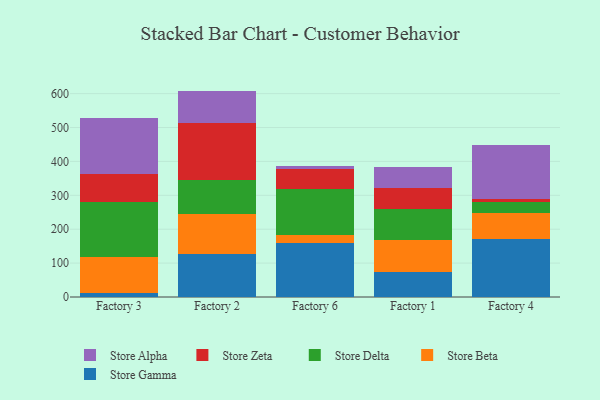
{"axis": {"x": "Factory", "y": "Churn Rate (%)"}, "legend": ["Store Alpha", "Store Beta", "Store Delta", "Store Gamma", "Store Zeta"], "data": [{"x": "Factory 3", "y": 12.8, "type": "Store Gamma"}, {"x": "Factory 3", "y": 105.6, "type": "Store Beta"}, {"x": "Factory 3", "y": 161.8, "type": "Store Delta"}, {"x": "Factory 3", "y": 82.7, "type": "Store Zeta"}, {"x": "Factory 3", "y": 165.2, "type": "Store Alpha"}, {"x": "Factory 2", "y": 127.9, "type": "Store Gamma"}, {"x": "Factory 2", "y": 115.7, "type": "Store Beta"}, {"x": "Factory 2", "y": 101.3, "type": "Store Delta"}, {"x": "Factory 2", "y": 168.5, "type": "Store Zeta"}, {"x": "Factory 2", "y": 94.8, "type": "Store Alpha"}, {"x": "Factory 6", "y": 159.2, "type": "Store Gamma"}, {"x": "Factory 6", "y": 24.7, "type": "Store Beta"}, {"x": "Factory 6", "y": 133.6, "type": "Store Delta"}, {"x": "Factory 6", "y": 61.6, "type": "Store Zeta"}, {"x": "Factory 6", "y": 8.7, "type": "Store Alpha"}, {"x": "Factory 1", "y": 73.2, "type": "Store Gamma"}, {"x": "Factory 1", "y": 95.7, "type": "Store Beta"}, {"x": "Factory 1", "y": 89.3, "type": "Store Delta"}, {"x": "Factory 1", "y": 64.0, "type": "Store Zeta"}, {"x": "Factory 1", "y": 62.1, "type": "Store Alpha"}, {"x": "Factory 4", "y": 171.3, "type": "Store Gamma"}, {"x": "Factory 4", "y": 75.6, "type": "Store Beta"}, {"x": "Factory 4", "y": 34.0, "type": "Store Delta"}, {"x": "Factory 4", "y": 9.5, "type": "Store Zeta"}, {"x": "Factory 4", "y": 157.3, "type": "Store Alpha"}]}